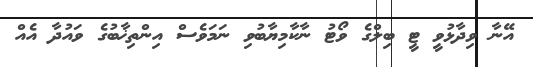
އޭނާ ވިދާޅުވީ ޓީ ބިލްގެ ވޯޓު ނާކާމިޔާބުވި ނަމަވެސް އިންތިޚާބުގެ ވައުދާ އެއް